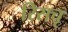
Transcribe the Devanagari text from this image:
रिसचृ